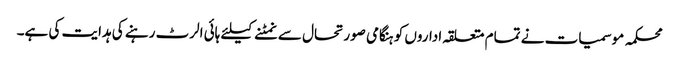
محکمہ موسمیات نے تمام متعلقہ اداروں کو ہنگامی صورتحال سے نمٹنے کیلئے ہائی الرٹ رہنے کی ہدایت کی ہے۔